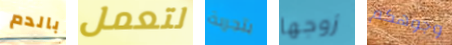
بالدم لتعمل بتجربة زوجها وجوهكم